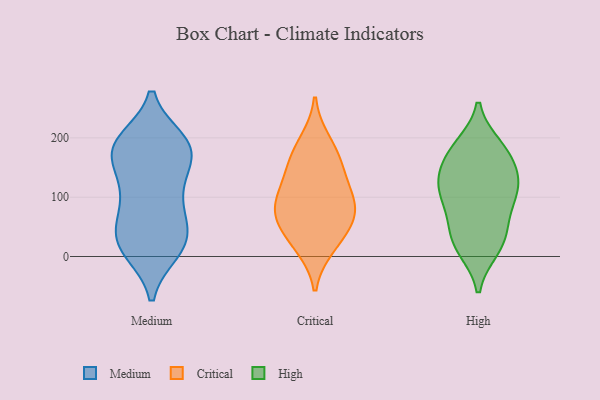
{"axis": {"x": "Revenue (USD Million)", "y": "Value"}, "legend": ["Critical", "High", "Medium"], "data": [{"x": "", "y": 18, "type": "Medium"}, {"x": "", "y": 180, "type": "Medium"}, {"x": "", "y": 10, "type": "Medium"}, {"x": "", "y": 19, "type": "Medium"}, {"x": "", "y": 34, "type": "Medium"}, {"x": "", "y": 74, "type": "Medium"}, {"x": "", "y": 132, "type": "Medium"}, {"x": "", "y": 108, "type": "Medium"}, {"x": "", "y": 143, "type": "Medium"}, {"x": "", "y": 55, "type": "Medium"}, {"x": "", "y": 194, "type": "Medium"}, {"x": "", "y": 184, "type": "Medium"}, {"x": "", "y": 12, "type": "Medium"}, {"x": "", "y": 183, "type": "Medium"}, {"x": "", "y": 44, "type": "Medium"}, {"x": "", "y": 190, "type": "Medium"}, {"x": "", "y": 98, "type": "Medium"}, {"x": "", "y": 181, "type": "Medium"}, {"x": "", "y": 183, "type": "Medium"}, {"x": "", "y": 194, "type": "Critical"}, {"x": "", "y": 17, "type": "Critical"}, {"x": "", "y": 112, "type": "Critical"}, {"x": "", "y": 159, "type": "Critical"}, {"x": "", "y": 118, "type": "Critical"}, {"x": "", "y": 27, "type": "Critical"}, {"x": "", "y": 84, "type": "Critical"}, {"x": "", "y": 69, "type": "Critical"}, {"x": "", "y": 162, "type": "Critical"}, {"x": "", "y": 74, "type": "Critical"}, {"x": "", "y": 64, "type": "Critical"}, {"x": "", "y": 121, "type": "High"}, {"x": "", "y": 110, "type": "High"}, {"x": "", "y": 22, "type": "High"}, {"x": "", "y": 68, "type": "High"}, {"x": "", "y": 175, "type": "High"}, {"x": "", "y": 185, "type": "High"}, {"x": "", "y": 107, "type": "High"}, {"x": "", "y": 110, "type": "High"}, {"x": "", "y": 178, "type": "High"}, {"x": "", "y": 14, "type": "High"}, {"x": "", "y": 131, "type": "High"}, {"x": "", "y": 24, "type": "High"}, {"x": "", "y": 156, "type": "High"}, {"x": "", "y": 54, "type": "High"}]}